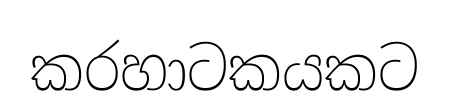
කරහාටකයකට